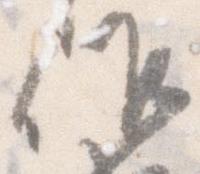
候